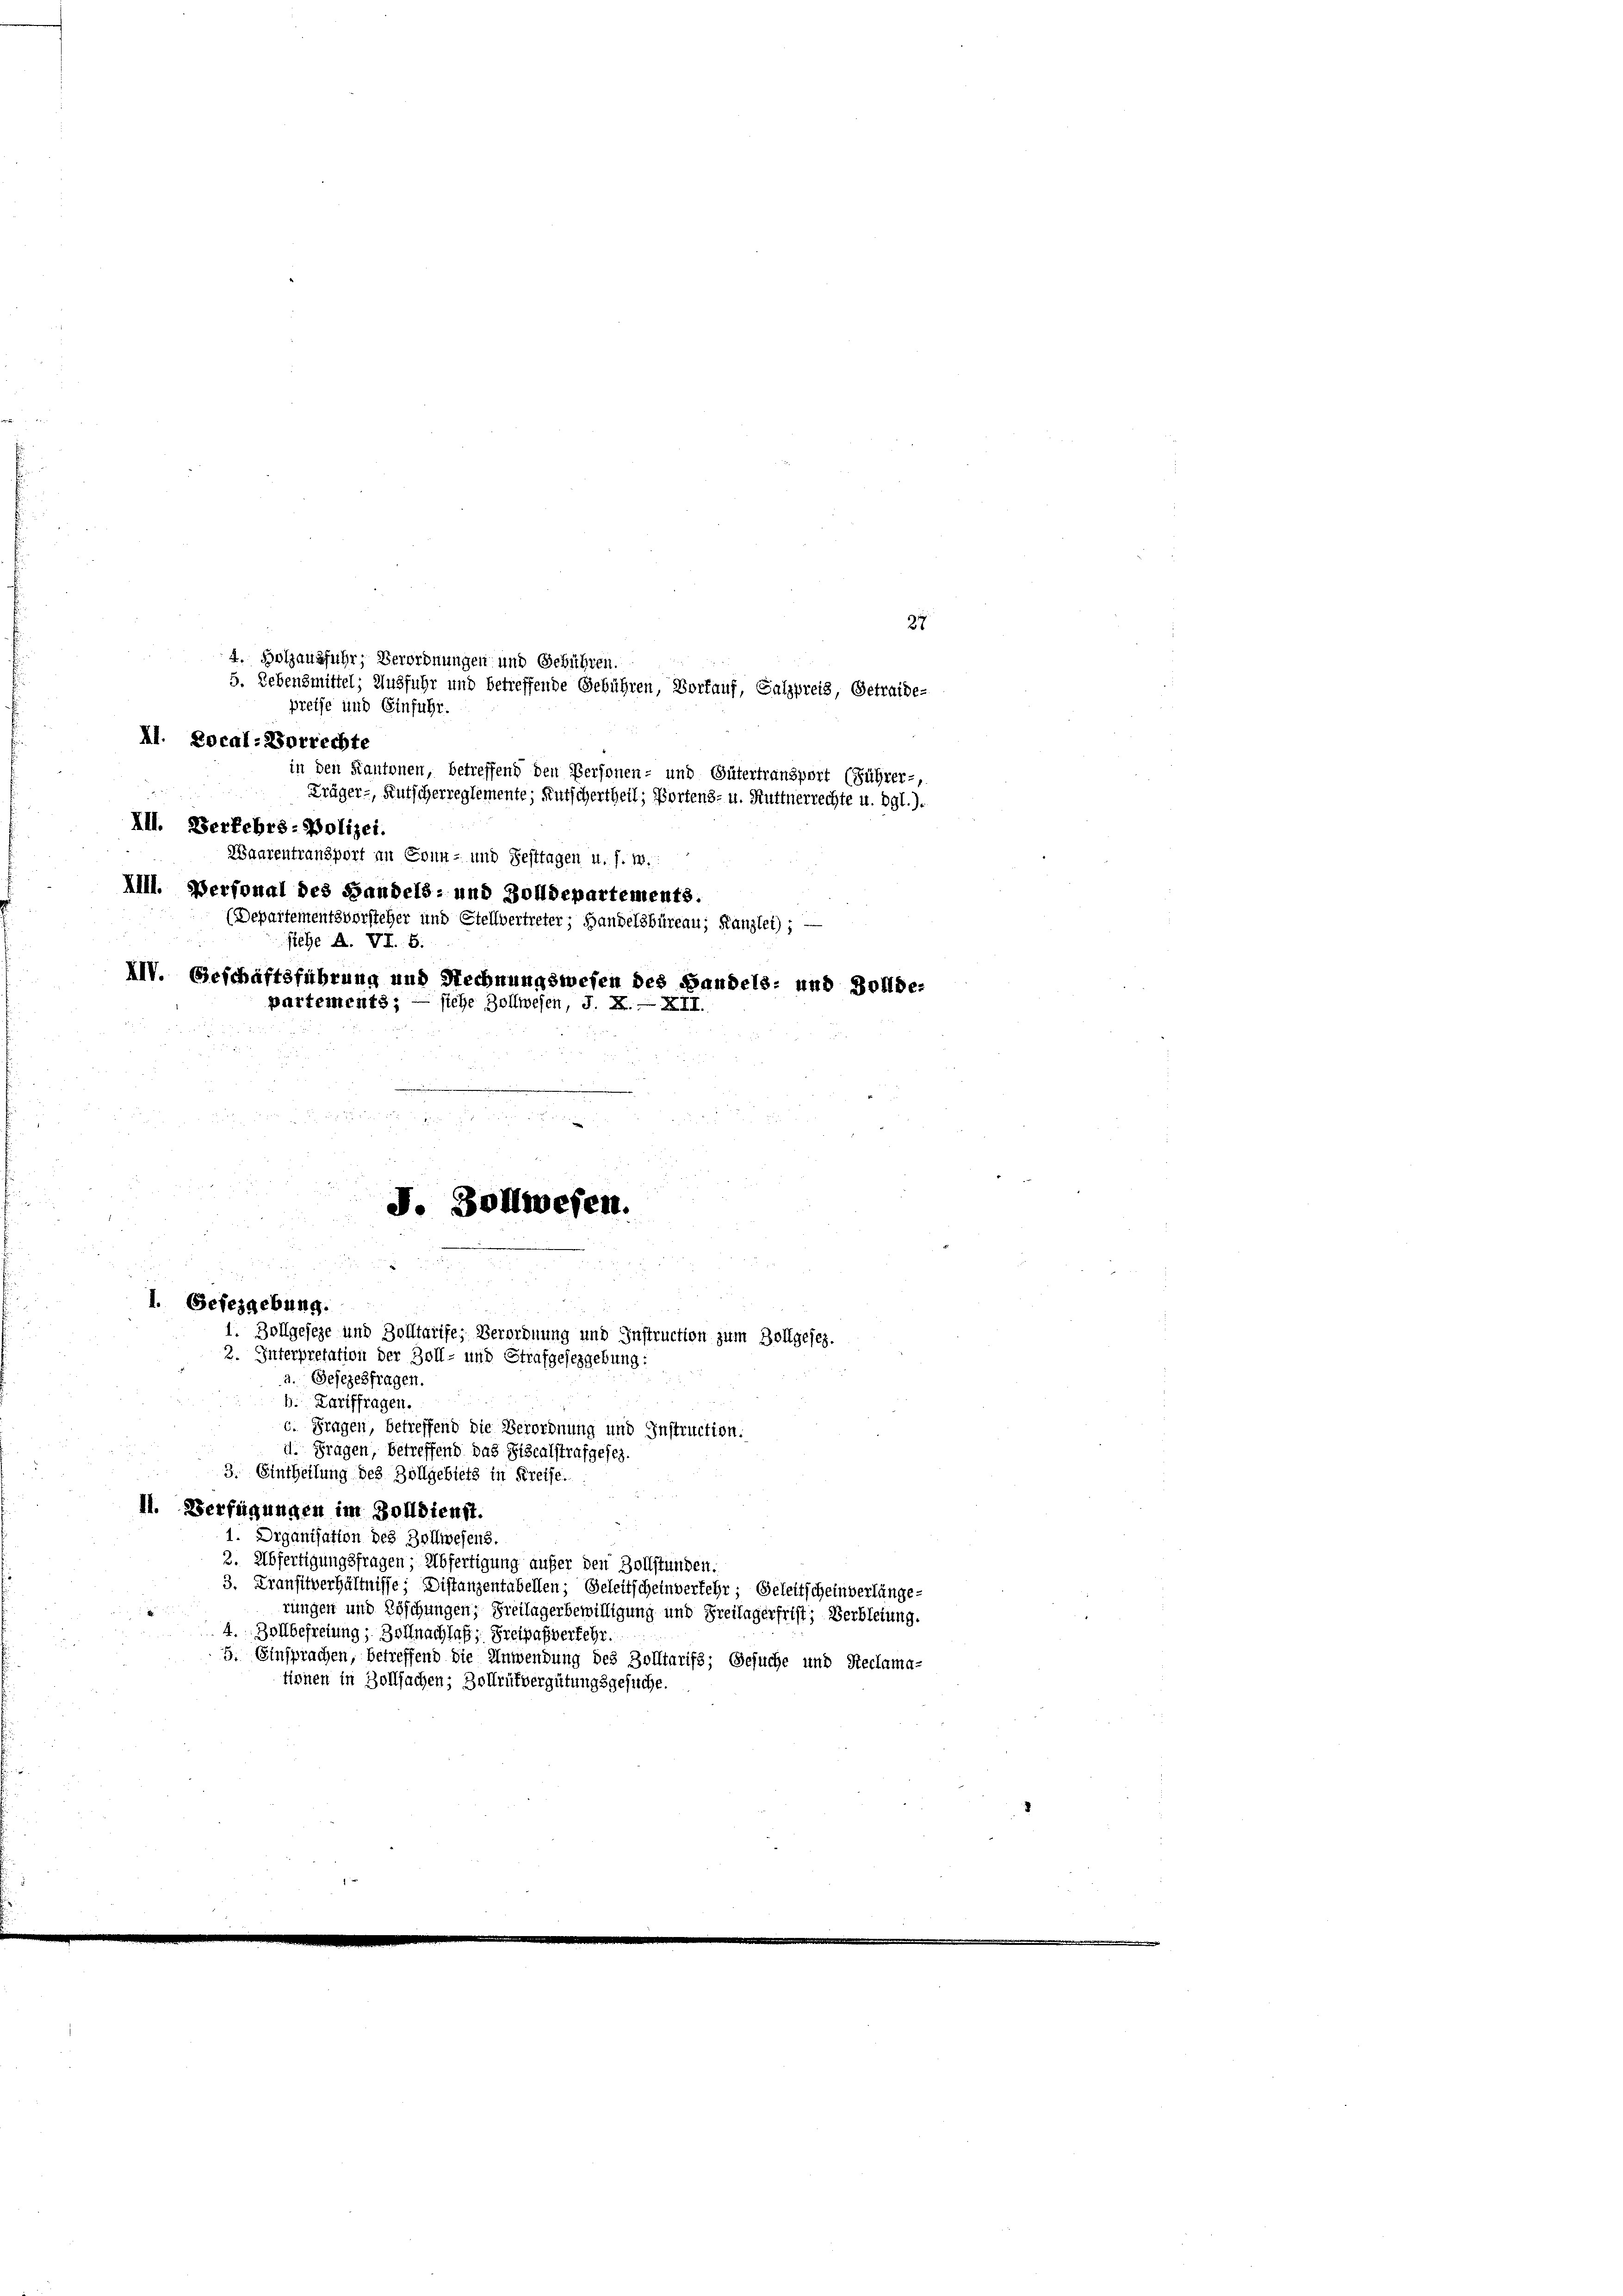
II. Local-Vorrechte
u
III. Berkehrs-Polizei.
(Departementsvorsteher und Stellverf
ftehe A. VI. 6.

37
in den Kantonen, betreffend den Personen- und Gütertransport (Führer-,
Träger-, Rutscherreglemente; Kutschertheil, Portens- u. Ruttnerrechte u. dgl.).
Waarentransport an Sonn- und Festtagen u. s. w.
IIII. Verfonal des Handels- und Zolldepartements.
eter; Handelsbüreau, Kanzlei) ; —
XIV. Geschäftsführung und Rechnungswesen des Handels- und Zollde-
partements; — siehe Zollwesen, S. X.—XII.

1. Gefezgebung.
1. Zollgeseze und Zolltarife, Verordnung und Instruction zum Zollgesez.
2. Interpretation der Zoll- und Strafgesezgebung:

4. Holzausfuhr, Verordnungen und Geführen.
5. Lebensmittel; Ausfuhr und betreffende Gebühren, Vorfauf, Salzpreis, Getraide-
preise und Einfuhr.

J. Bollwesen.

a. Gesezesfragen.
b. Tariffragen.
c. Fragen, betreffend die Verordnung und Instruction.
d. Fragen, betreffend das Fiscalstrafgesez.
3. Eintheilung des Zollgebiets in Kreise.
11. Verfügungen im Zolldienst.
1. Organisation des Zollwesens,
2. Abfertigungsfragen, Abfertigung aufer den Zollstunden.
3. Transitverhältnisse; Distanzentabellen; Geleitscheinverfehr; Geleitscheinverlänge-
rungen und Löschungen; Freilagerbewilligung und Freilagerfrist; Verbleiung.
4. Zollbefreiung; Zoll nachlaß; Freipasverfehr.
5. Einsprachen, betreffend die Anwendung des Zolltarifs; Gesuche und Reclamatirnen in Zollsachen; Zollrütvergütungsgesuche.